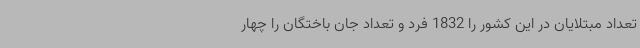
تعداد مبتلایان در این کشور را 1832 فرد و تعداد جان باختگان را چهار